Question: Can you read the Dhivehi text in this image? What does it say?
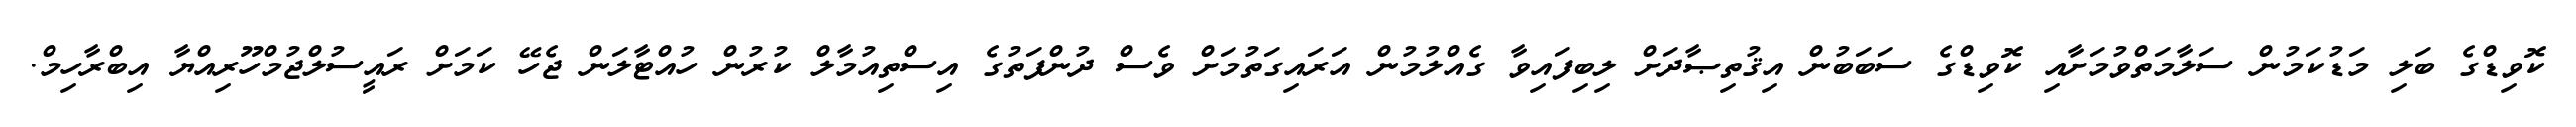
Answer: ކޮވިޑްގެ ބަލި މަޑުކަމުން ސަލާމަތްވުމަށާއި ކޮވިޑްގެ ސަބަބުން އިޤުތިޞާދަށް ލިބިފައިވާ ގެއްލުމުން އަރައިގަތުމަށް ވެސް ދުންފަތުގެ އިސްތިއުމާލް ކުރުން ހުއްޓާލަން ޖެހޭ ކަމަށް ރައީސުލްޖުމްހޫރިއްޔާ އިބްރާހިމް.